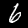
Label: 6